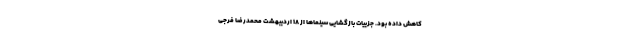
کاهش داده بود. جزییات بازگشایی سینماها از 18 اردیبهشت محمدرضا فرجی